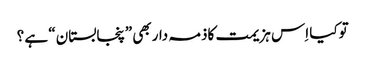
توکیا اِس ہزیمت کاذمہ داربھی ”پنجابستان“ ہے ؟